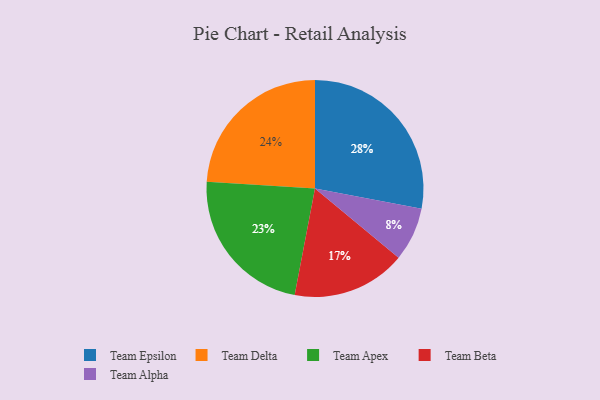
{"axis": {"x": "Category", "y": "Percentage"}, "legend": ["Team Alpha", "Team Apex", "Team Beta", "Team Delta", "Team Epsilon"], "data": [{"x": "Team Delta", "y": 24, "type": "Team Delta"}, {"x": "Team Beta", "y": 17, "type": "Team Beta"}, {"x": "Team Alpha", "y": 8, "type": "Team Alpha"}, {"x": "Team Apex", "y": 23, "type": "Team Apex"}, {"x": "Team Epsilon", "y": 28, "type": "Team Epsilon"}]}